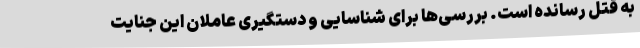
به قتل رسانده است. بررسی‌ها برای شناسایی و دستگیری عاملان این جنایت